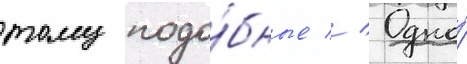
тому подо́бные // Одно́